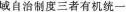
城自治制度三者有机统一